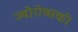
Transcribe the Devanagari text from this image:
ज्बोरोव्सकी